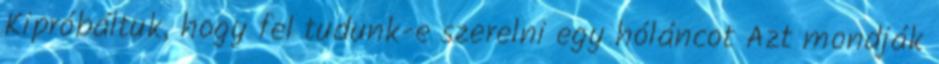
Kipróbáltuk, hogy fel tudunk-e szerelni egy hóláncot Azt mondják